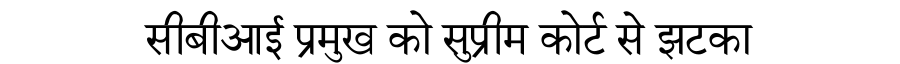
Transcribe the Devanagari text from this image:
सीबीआई प्रमुख को सुप्रीम कोर्ट से झटका